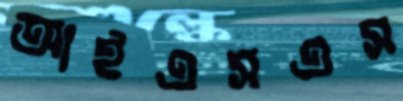
আইএসএস